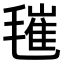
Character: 𣯧